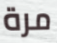
مرة